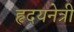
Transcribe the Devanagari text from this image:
हृदयनेत्री